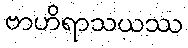
ဗာဟိရာသယဿ